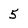
Character: 5